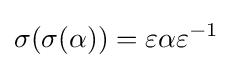
\sigma (\sigma (\alpha ))=\varepsilon \alpha \varepsilon ^{-1}